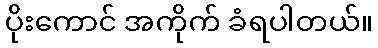
ပိုးကောင် အကိုက် ခံရပါတယ်။